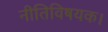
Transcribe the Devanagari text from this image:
नीतिविषयक।